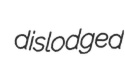
dislodged